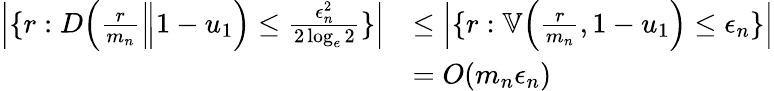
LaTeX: \begin{array}{rl}{\Big|\{ r:D\Big(\frac{r}{{m_{n}}}\Big\| 1-u_{1}\Big)\le\frac{\epsilon_{n}^{2}}{2\log_{e}2}\} \Big|}&{\le\Big|\{ r:\mathbb{V}\Big(\frac{r}{{m_{n}}},1-u_{1}\Big)\le\epsilon_{n}\} \Big|}\\ &{=O({m_{n}}\epsilon_{n})}\end{array}